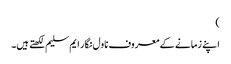
)
اپنے زمانے کے معروف ناول نگار ایم سلیم لکھتے ہیں۔